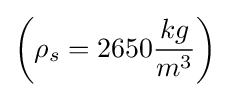
\left(\rho _{s}=2650{\frac {kg}{m^{3}}}\right)